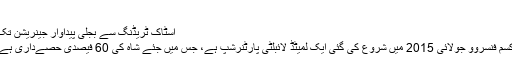
‘
اسٹاک ٹریڈنگ سے بجلی پیداوار جینریشن تک
کسم فِنسروو جولائی 2015 میں شروع کی گئی ایک لمیٹڈ لائبلٹی پارٹنرشپ ہے، جس میں جئے شاہ کی 60 فیصدی حصےداری ہے۔